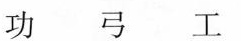
功 弓 工